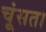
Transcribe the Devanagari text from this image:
चूंसता